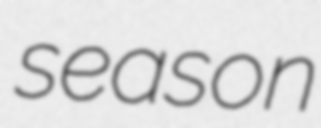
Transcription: season